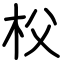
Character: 𣏤